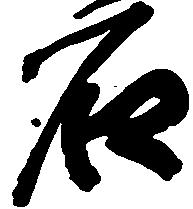
石